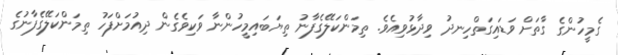
ގެމީހުންގެ ގާތަށް ވަޑައިގަތްހިނދު ވިދާޅުވިއެވެ. ތިމަންކަލޭގެފާނު ތިޔަބައިމީހުންނާ ވަކިވެގެން ދިއުމަށްފަހު ތިމަންކަލޭގެފާނުގެ